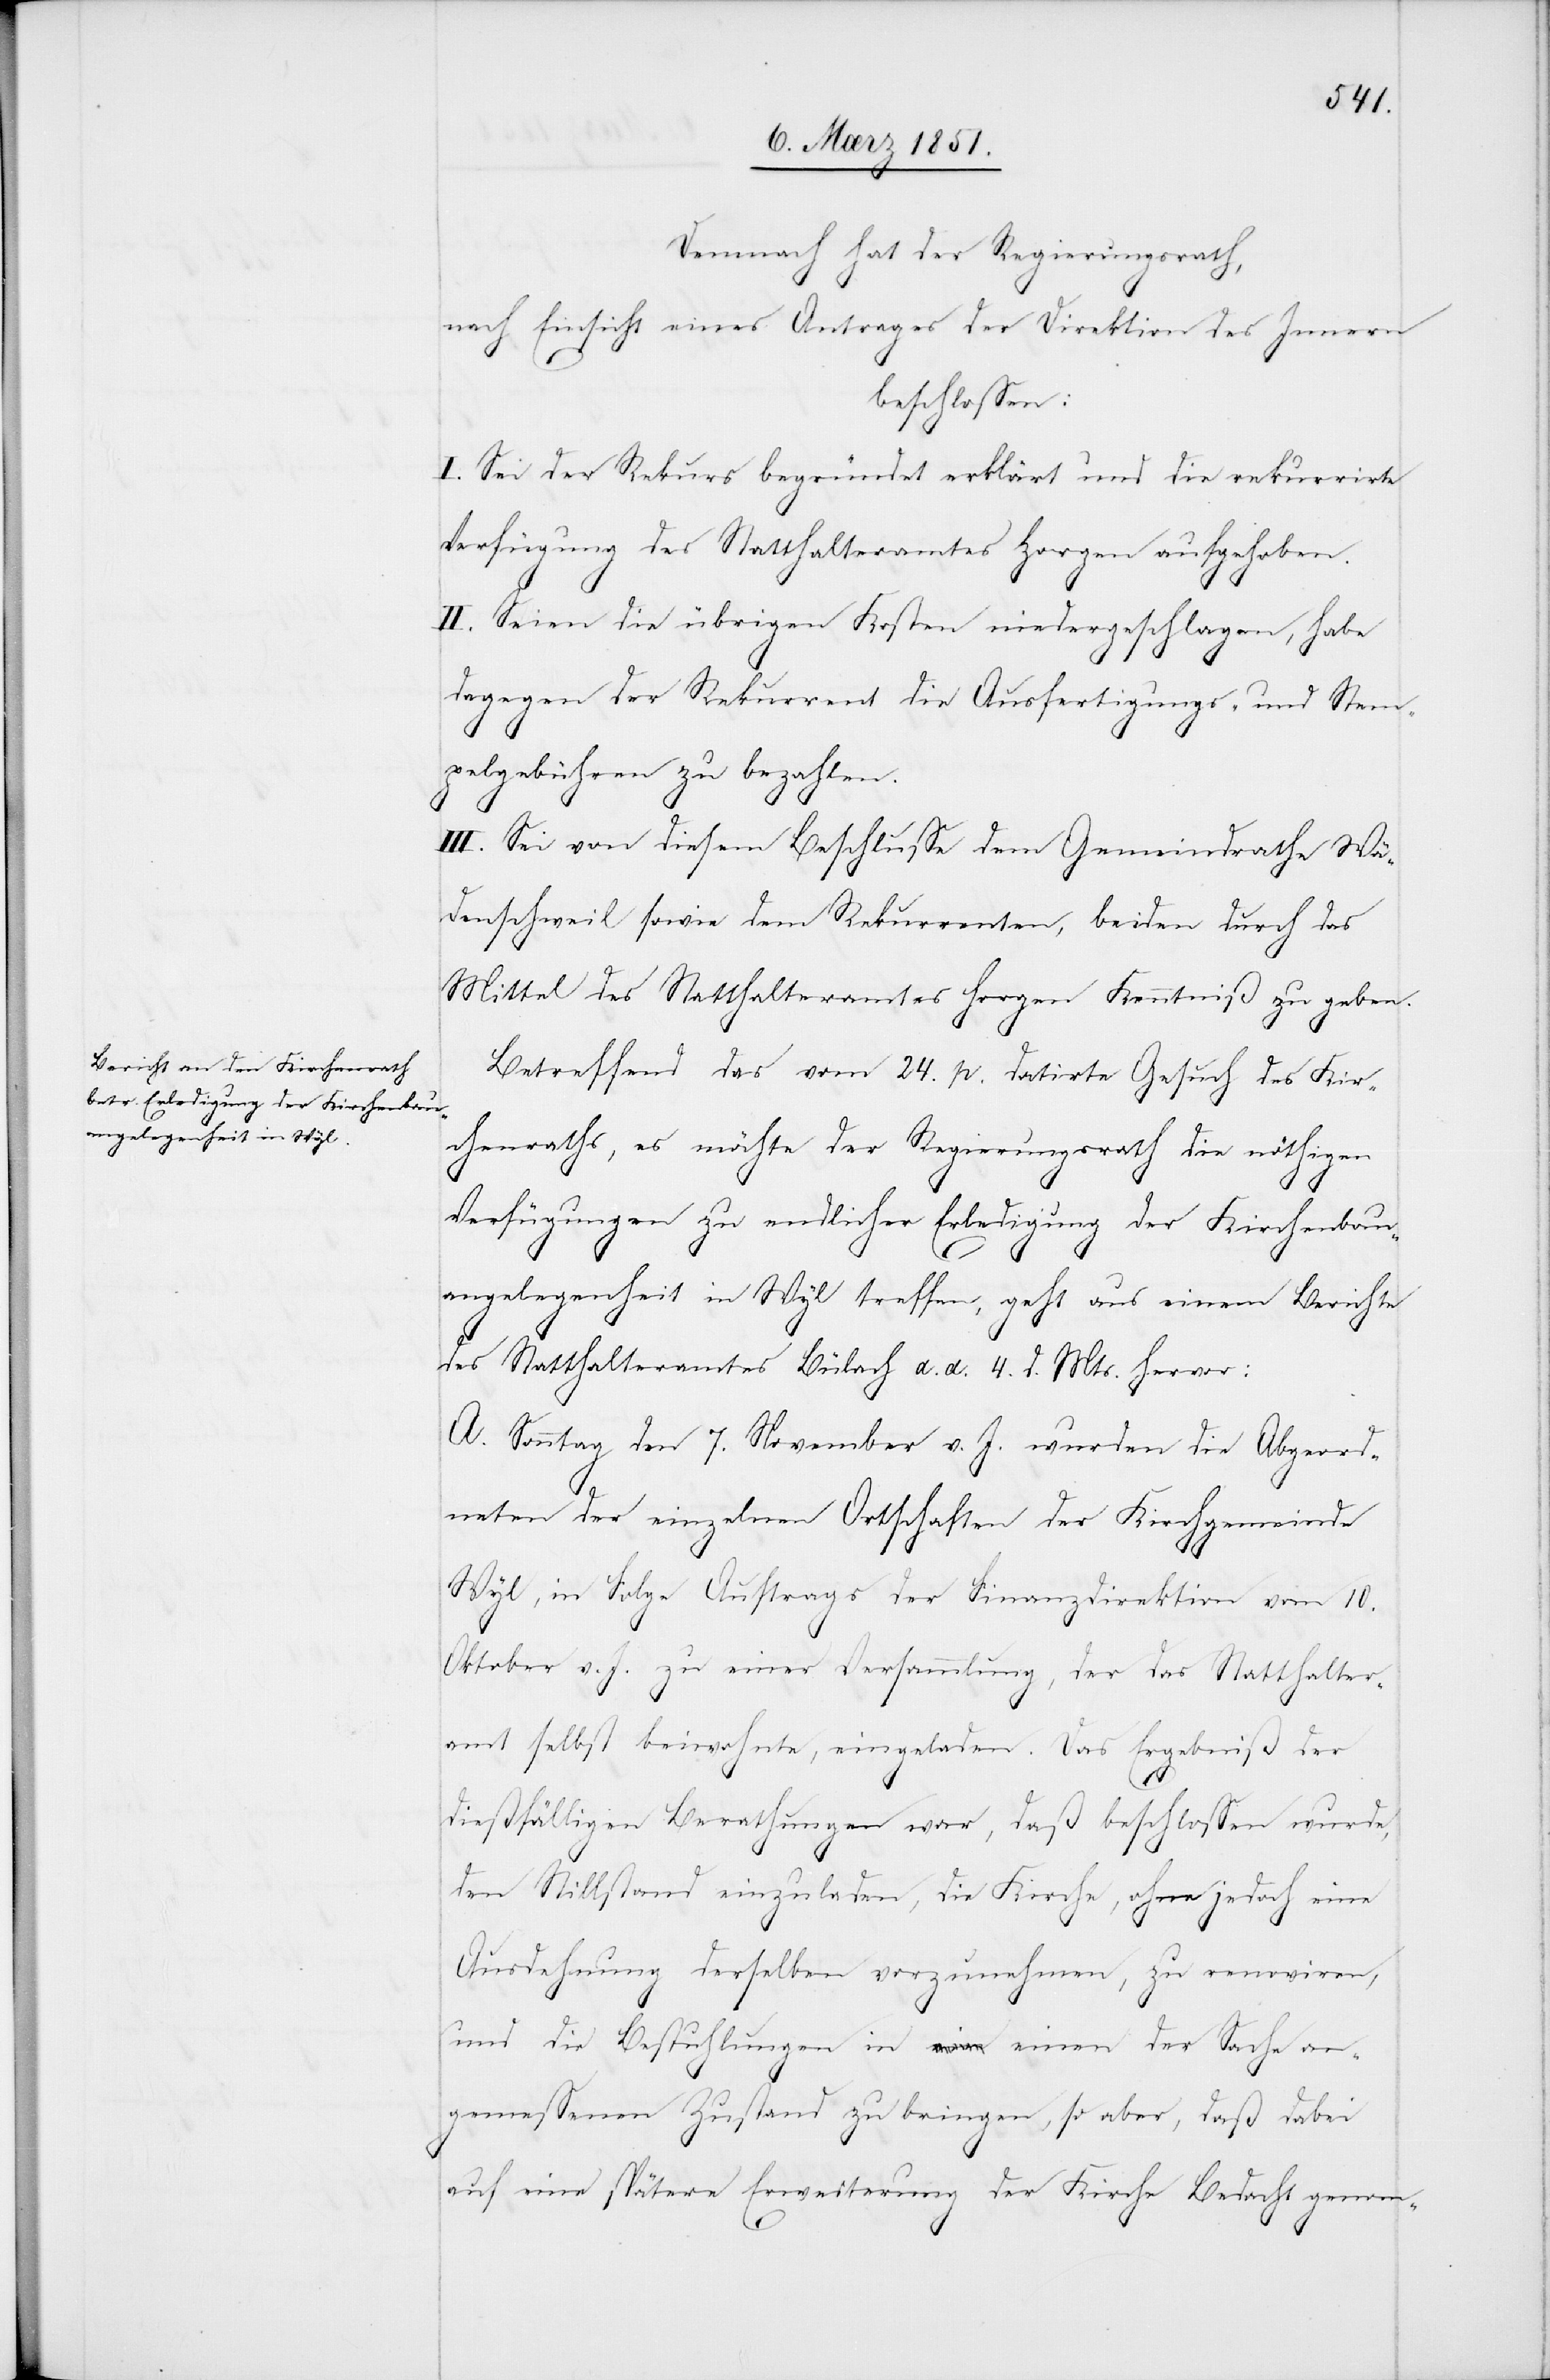
Demnach hat der Regierungsrath,
nach Einsicht eines Antrages der Direktion des Innern
beschlossen:
I. Sei der Rekurs begründet erklärt und die rekurrirte
Verfügung des Statthalteramtes Horgen aufgehoben.
II. Seien die übrigen Kosten niedergeschlagen, habe
dagegen der Rekurrent die Ausfertigungs- und Stem¬
pelgebühren zu bezahlen.
III. Sei von diesem Beschlusse dem Gemeindrathe Wä¬
denschweil sowie dem Rekurrenten, beiden durch das
Mittel des Statthalteramtes Horgen Kenntniß zu geben.
Betreffend das vom 24. p. datirte Gesuch des Kir¬
chenraths, es möchte der Regierungsrath die nöthigen
Verfügungen zu endlicher Erledigung der Kirchenbauan¬
gelegenheit in Wyl treffen, geht aus einem Berichte
des Statthalteramtes Bülach d. d. 4. d. Mts. hervor:
A. Sonntag den 7. November v. J. wurden die Abgeord¬
neten der einzelnen Ortschaften der Kirchgemeinde
Wyl, in Folge Auftrags der Finanzdirektion vom 10.
Oktober v. J. zu einer Versammlung, der das Statthalter¬
amt selbst beiwohnte, eingeladen. Das Ergebniß der
dießfälligen Berathungen war, daß beschlossen wurde,
den Stillstand einzuladen, die Kirche, ohne jedoch eine
Ausdehnung derselben vorzunehmen, zu renoviren,
und die Bestuhlungen in einen der Sache an¬
gemessenen Zustand zu bringen, so aber, daß dabei
auf eine spätere Erweiterung der Kirche Bedacht genom-